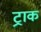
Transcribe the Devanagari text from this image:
ट्राक